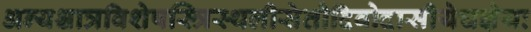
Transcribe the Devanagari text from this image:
अन्यश्चात्रविशेषस्त्रिस्थलीसेतौदिवोदासीयेचज्ञेयः